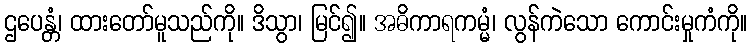
ဌပေန္တံ၊ ထားတော်မူသည်ကို။ ဒိသွာ၊ မြင်၍။ အဓိကာရကမ္မံ၊ လွန်ကဲသော ကောင်းမှုကံကို။